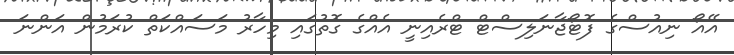
އޭއޯ ނިއުސްގެ ފޮޓޯޖާނަލިސްޓް ޓްރެއިނީ އެއްގެ ގޮތުގައި މިހާރު މަސައްކަތް ކުރަމުން އަންނަ